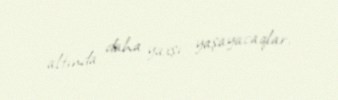
altında daha yaxşı yaşayacaqlar.